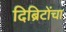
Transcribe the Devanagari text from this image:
दिब्रिटोंचा